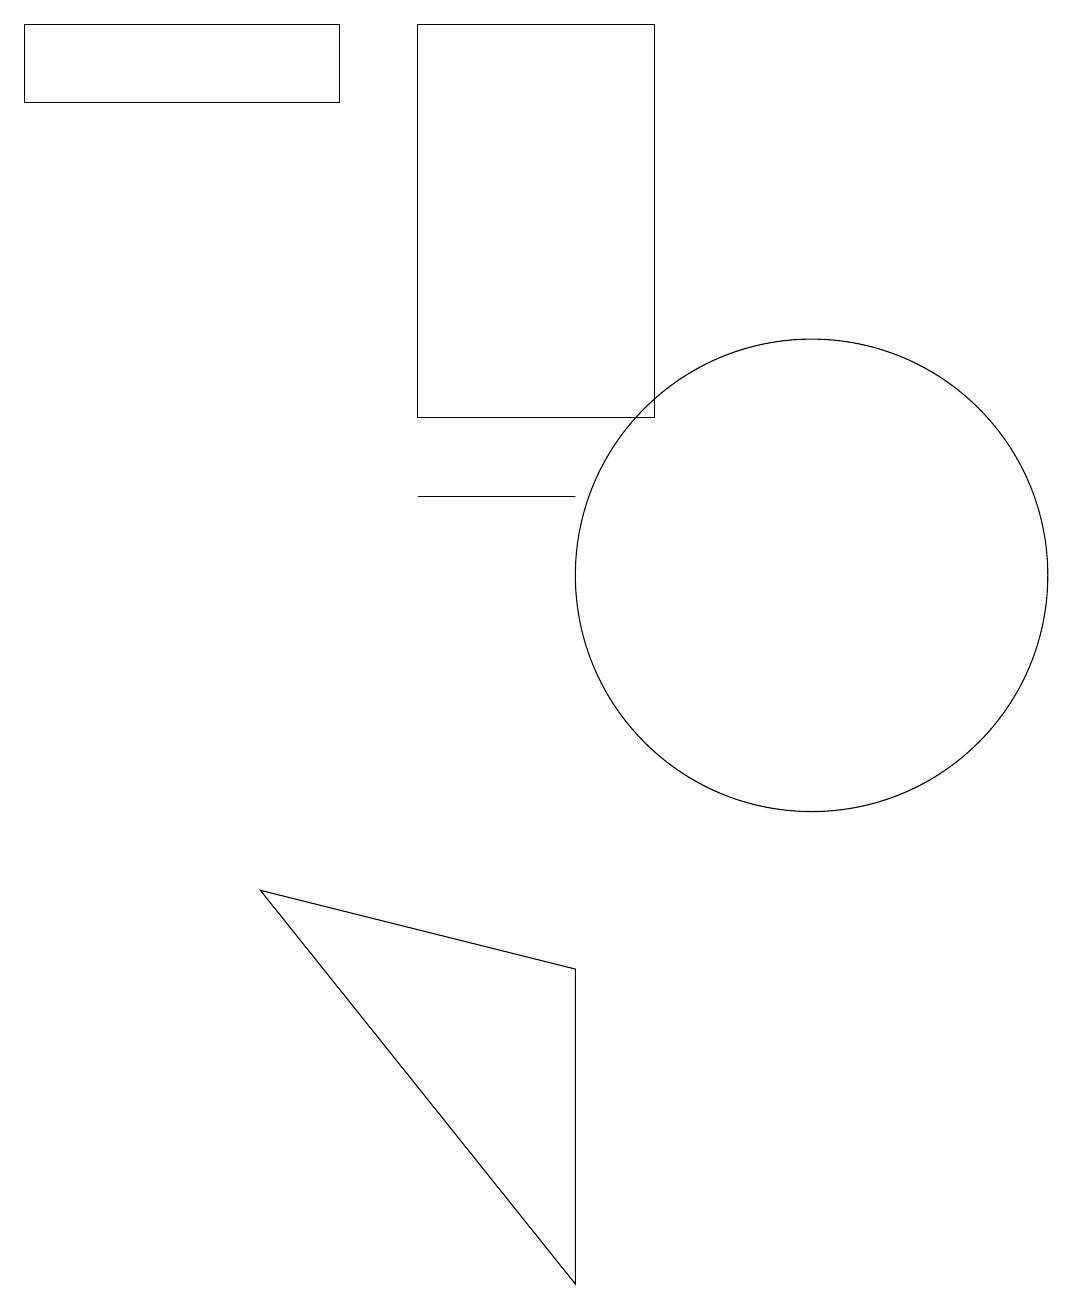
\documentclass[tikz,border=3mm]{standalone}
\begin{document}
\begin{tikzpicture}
\draw (4,17) rectangle (0,16);
\draw (5,11) rectangle (7,11);
\draw (10,10) circle (3);
\draw (8,12) rectangle (5,17);
\draw (7,1) -- (3,6) -- (7,5) -- cycle;
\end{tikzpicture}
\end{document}